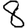
Digit: 8